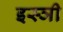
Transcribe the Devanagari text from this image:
इस्ञी